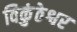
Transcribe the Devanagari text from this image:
विकुंठेश्वर